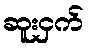
ဆူးငှက်